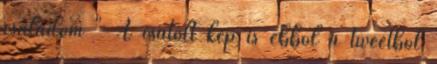
családom " A csatolt kép is ebből a tweetből